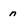
Character: n